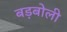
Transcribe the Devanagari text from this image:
बड़बोली